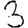
Digit: 3